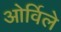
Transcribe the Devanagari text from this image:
ओर्विले